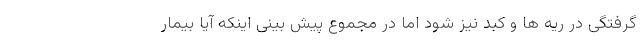
گرفتگی در ریه ها و کبد نیز شود اما در مجموع پیش بینی اینکه آیا بیمار